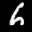
Label: 6